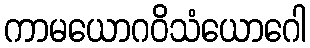
ကာမယောဂဝိသံယောဂေါ